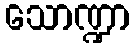
သောဏ္ဍာ